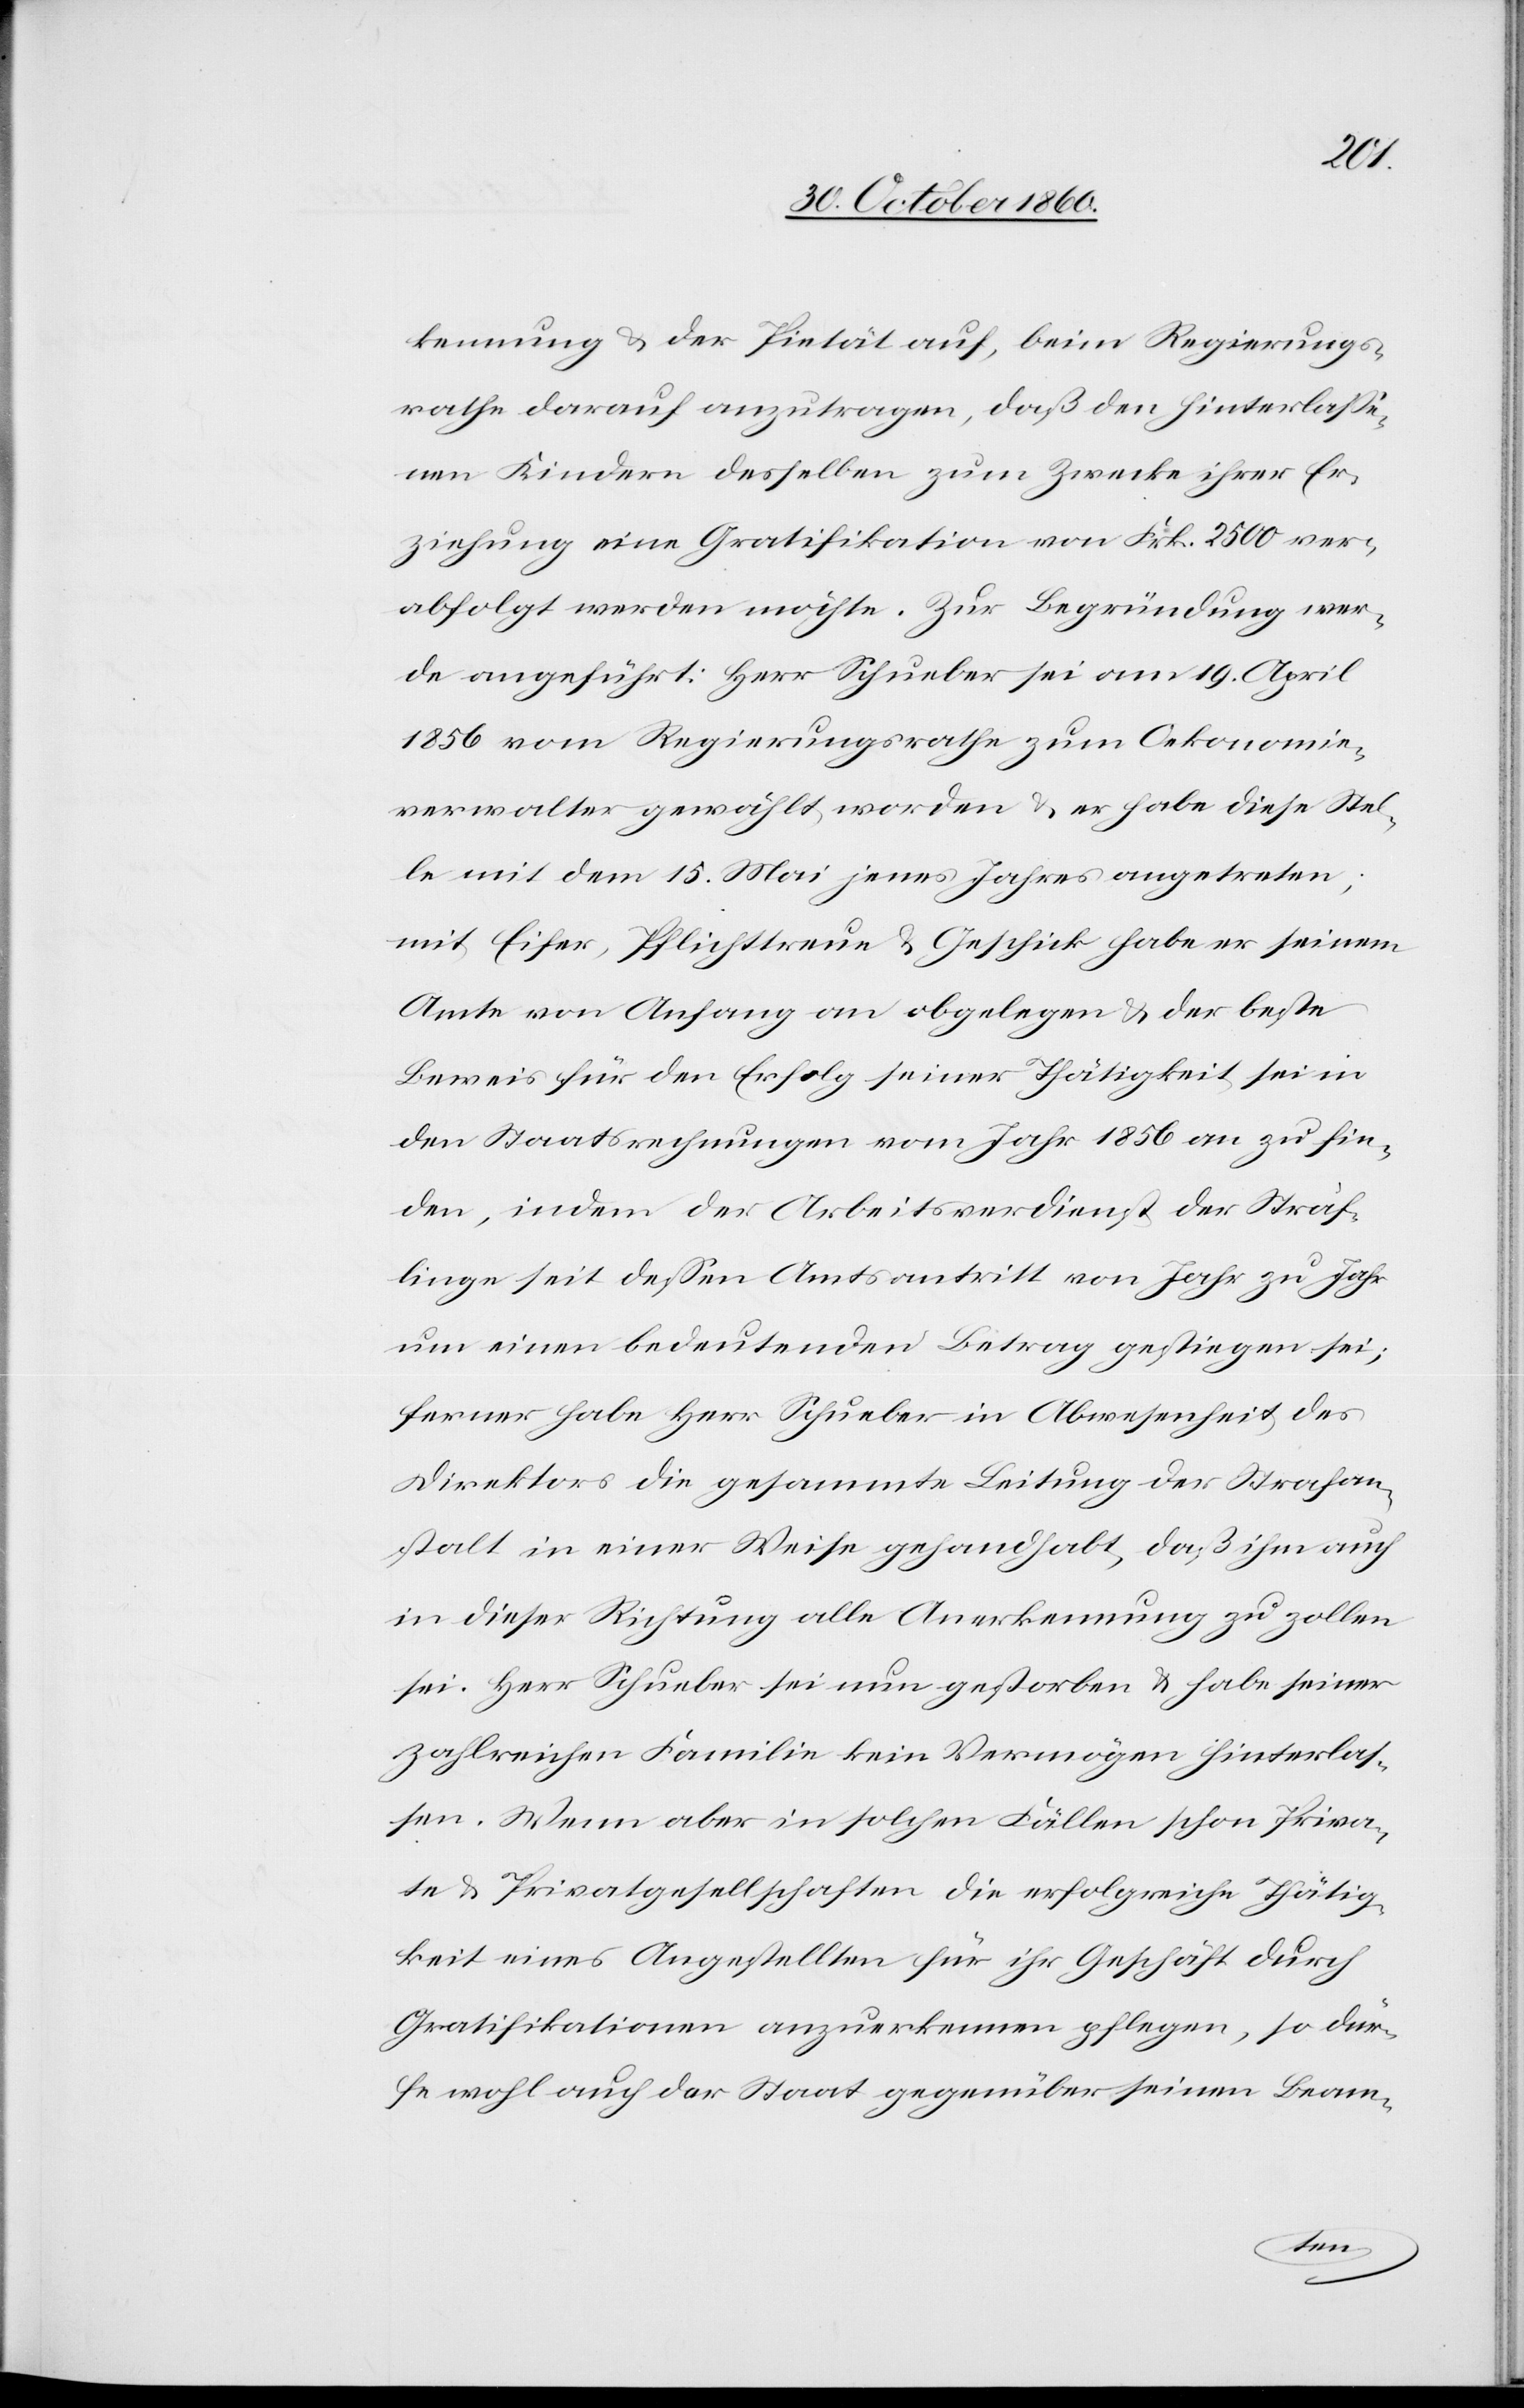
kennung u. der Pietät auf, beim Regierungs¬
rathe darauf anzutragen, daß den hinterlasse¬
nen Kindern derselben zum Zwecke ihrer Er¬
ziehung eine Gratifikation von Frk. 2500 ver¬
abfolgt werden möchte. Zur Begründung wer¬
de angeführt: Herr Schueber sei am 19. April
1856 vom Regierungsrathe zum Oekonomie¬
verwalter gewählt worden u. er habe diese Stel¬
le mit dem 15. Mai jenes Jahres angetreten;
mit Eifer, Pflichtthum u. Geschick habe er seinem
Amte von Anfang an obgelegen u. der beste
Beweis für den Erfolg seiner Thätigkeit sei in
den Staatsrechnungen vom Jahr 1856 an zu fin¬
den, indem der Arbeitsverdienst der Sträf¬
linge seit dessen Amtsantritt von Jahr zu Jahr
um einen bedeutenden Betrag gestiegen sei;
ferner habe Herr Schueber in Abwesenheit des
Direktors die gesammte Leitung der Strafan¬
stalt in einer Weise gehandhabt, daß ihm auch
in dieser Richtung alle Anerkennung zu zollen
sei. Herr Schueber sei nun gestorben u. habe seiner
zahlreichen Familie kein Vermögen hinterlas¬
sen. Wenn aber in solchen Fällen schon Priva¬
te u. Privatgesellschaften die erfolgreiche Thätig¬
keit eines Angestellten für ihr Geschäft durch
Gratifikationen anzuerkennen pflegen, so dür¬
fe wohl auch der Staat gegenüber seinen Beam-